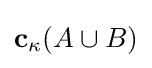
\mathbf {c} _{\kappa }(A\cup B)